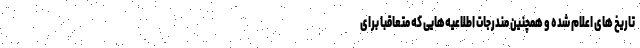
تاریخ های اعلام شده و همچنین مندرجات اطلاعیه‌هایی که متعاقباً برای